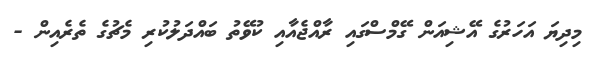
މިދިޔަ އަހަރުގެ އޭޝިއަން ގޭމްސްގައި ރާއްޖެއާއި ކުވޭތު ބައްދަލުކުރި މެޗުގެ ތެރެއިން -